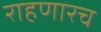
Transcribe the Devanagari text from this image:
राहणारच